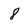
Character: 8